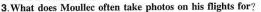
3.What does Moullec often take photos on his fights for?